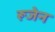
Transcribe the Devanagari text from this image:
रूजेन